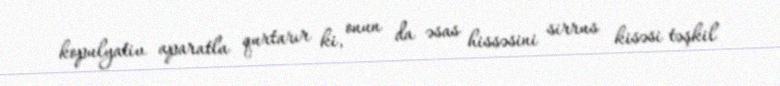
kopulyativ aparatla qurtarır ki, onun da əsas hissəsini sirrus kisəsi təşkil